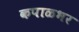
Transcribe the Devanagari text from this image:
कपाळभर